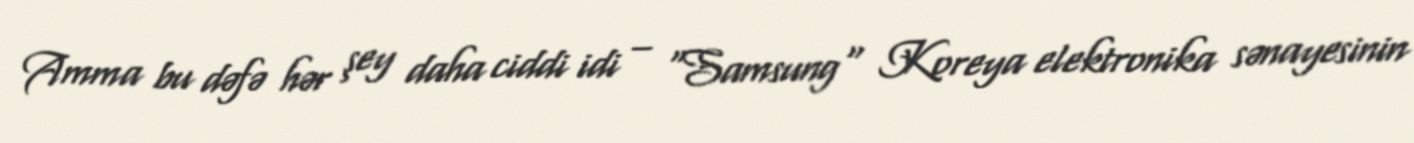
Amma bu dəfə hər şey daha ciddi idi – "Samsung" Koreya elektronika sənayesinin